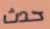
حدث